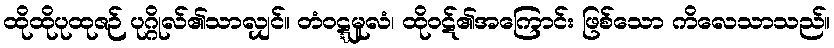
ထိုထိုပုထုဇဉ် ပုဂ္ဂိုလ်၏သာလျှင်။ တံဝဋ္ဋမူလံ၊ ထိုဝဋ်၏အကြောင်း ဖြစ်သော ကိလေသာသည်။